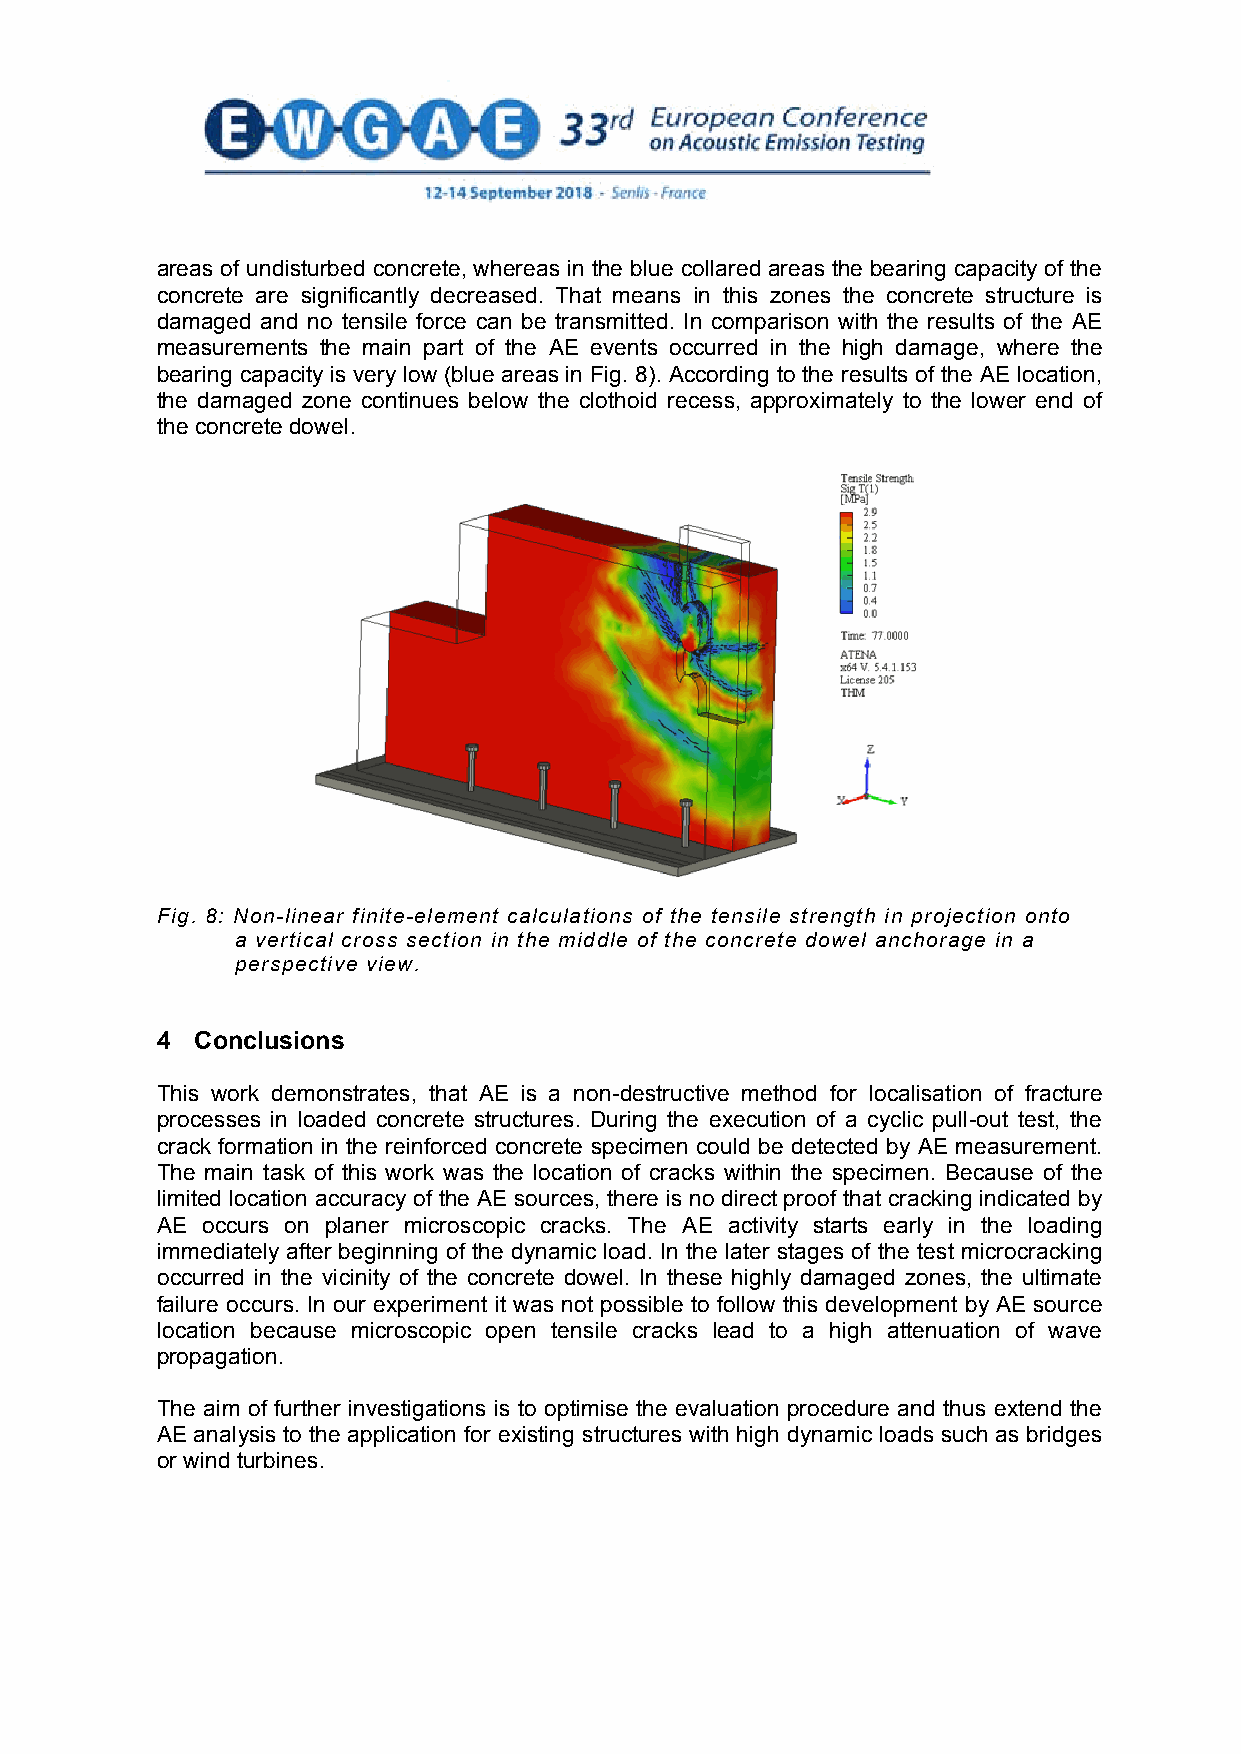
areas of undisturbed concrete, whereas in the blue collared areas the bearing capacity of the
 concrete are significantly decreased. That means in this zones the concrete structure is
 damaged and no tensile force can be transmitted. In comparison with the results of the AE
 measurements the main part of the AE events occurred in the high damage, where the
 bearing capacity is very low (blue areas in Fig. 8). According to the results of the AE location,
 the damaged zone continues below the clothoid recess, approximately to the lower end of
 the concrete dowel.
 Fig. 8: Non-linear finite-element calculations of the tensile strength in projection onto
 a vertical cross section in the middle of the concrete dowel anchorage in a
 perspective view.
 4  Conclusions
 This work demonstrates, that AE is a non-destructive method for localisation of fracture
 processes in loaded concrete structures. During the execution of a cyclic pull-out test, the
 crack formation in the reinforced concrete specimen could be detected by AE measurement.
 The main task of this work was the location of cracks within the specimen. Because of the
 limited location accuracy of the AE sources, there is no direct proof that cracking indicated by
 AE occurs on planer microscopic cracks. The AE activity starts early in the loading
 immediately after beginning of the dynamic load. In the later stages of the test microcracking
 occurred in the vicinity of the concrete dowel. In these highly damaged zones, the ultimate
 failure occurs. In our experiment it was not possible to follow this development by AE source
 location because microscopic open tensile cracks lead to a high attenuation of wave
 propagation.
 The aim of further investigations is to optimise the evaluation procedure and thus extend the
 AE analysis to the application for existing structures with high dynamic loads such as bridges
 or wind turbines.
 7